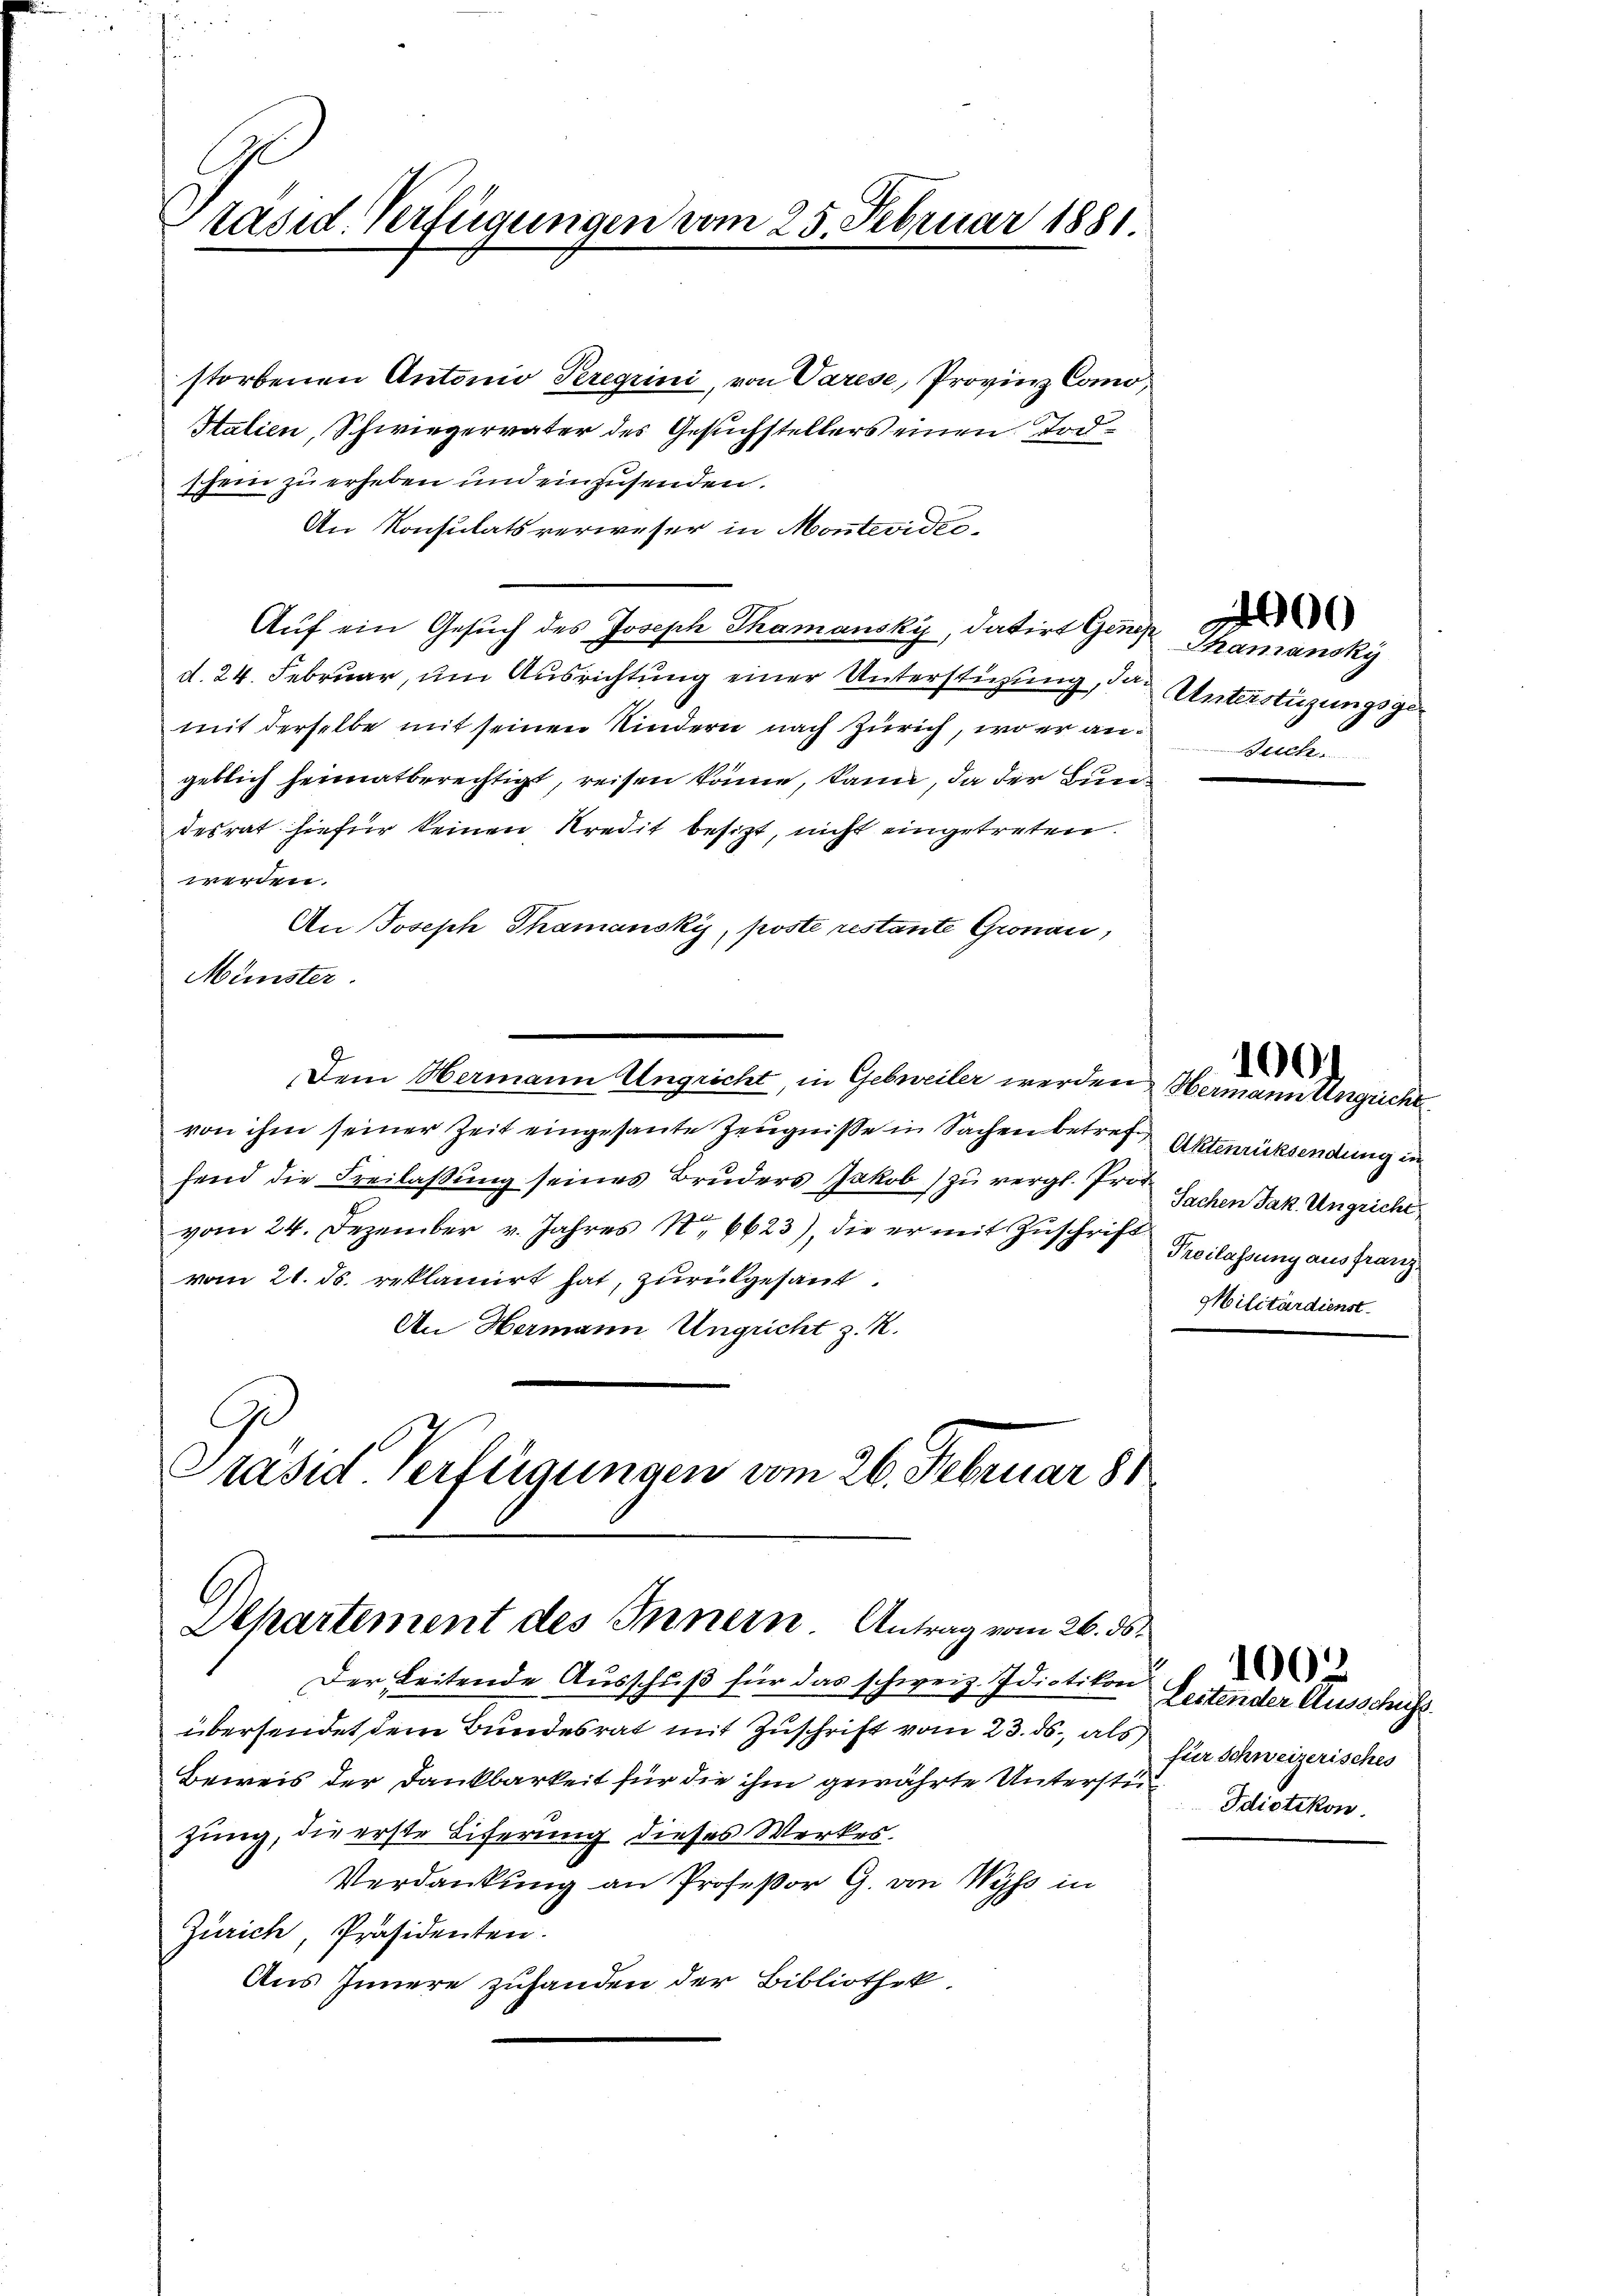
räsid. Verfügungen vom 25. Februar 1881.

storbenen Antonio Peregrini, von Varese, Provinz Como,
Salien, Schwiegervater des Gesuchstellers einen Tod
schein zu erheben und einzusenden.
An Konsulats verweser in Montevidis¬
Auf ein Gesuch des Joseph Thamansky, datirt Genehd. 24. Februar, um Ausrichtung einer Unterstüzung, damit derselbe mit seinen Kindern nach Zürich, wo er ansuch
geblich heimatberechtigt, reisen könne, kann, da der Bundesrat hiefür keinen Kredit besizt, nicht eingetreten.
werden.
An Joseph Thamansky, poste restante Gronau,
Münster.
Dem Hermann Ungricht, in Gebwveiler werden, Hermann Angricht
von ihm seiner Zeit eingesante Zeugniße in Sachen betref Aktenrücksendung in
fend die Freilaßung seines Bruders Jakob zu vergl. Prof Sichen Jak. Ungricht
vom 24. Dezember v. Jahres No 6623), die er mit Zŭschrift Freilassung aus franz
vom 21. Js. reklamirt hat, zurückgesant.
An Hermann Ungricht z. K.
Ge
Präsid. Verfügungen vom 26. Februar 181

Departement des Innern. Antrag vom 26. ds.

Der Leitende Ausschuß für das schweiz. Idiotikon
übersendet dem Bundesrat mit Zuschrift vom 23. ds., als
Beweis der Dankbarkeit für die ihm gewährte Unterstüzung, die erste Eiferung dieses Werkes.
Verdankung an Professor G. von Wyss in
Zürich, Präsidenten.
Aus Innere zufanden der Bibliothek

Thamansky
Unterstüzungsge-

Militärdienst

100.

00

Leitender Ausschüss
für Schweizerisches
Idiotikon.

1002